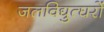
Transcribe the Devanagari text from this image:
जलविद्युत्घरों